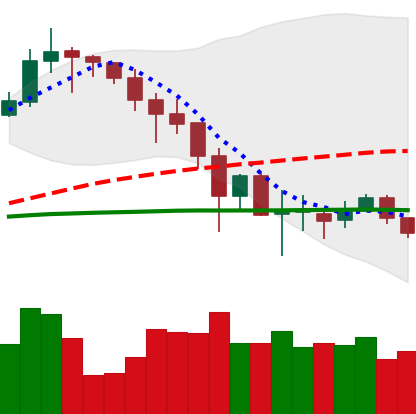
Ticker: LINK-USD
Chart end date: 2019-12-01
Forward return: -3.447%
Label: down_3_5